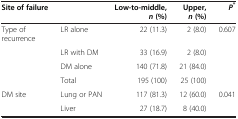
| Site of failure |  | Low-to-middle, n (%) | Upper, n (%) | P* |
 | --- | --- | --- | --- | --- |
 | Type of recurrence | LR alone | 22 (11.3) | 2 (8.0) | 0.607 |
 |  | LR with DM | 33 (16.9) | 2 (8.0) |  |
 |  | DM alone | 140 (71.8) | 21 (84.0) |  |
 |  | Total | 195 (100) | 25 (100) |  |
 | DM site | Lung or PAN | 117 (81.3) | 12 (60.0) | 0.041 |
 |  | Liver | 27 (18.7) | 8 (40.0) |  |